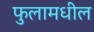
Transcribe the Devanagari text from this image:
फुलामधील